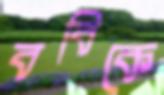
ববিকে